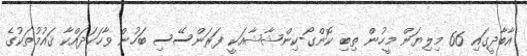
އާބާދީގައި 66 މިލިޔަން މީހުން ތިބި ކޮންގޯ-ކިންޝާޝާއަކީ ފަރަންސޭސި ބަހުން ވާހަކަދައްކާ ޤައުމުތަކުގެ